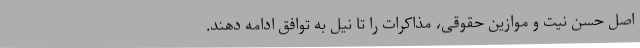
اصل حسن نیت و موازین حقوقی، مذاکرات را تا نیل به توافق ادامه دهند.